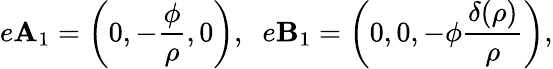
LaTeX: e\mathbf{A}_{1}=\left(0,-\frac{\phi}{\rho},0\right),\; \; e\mathbf{B}_{1}=\left(0,0,-\phi\frac{\delta(\rho)}{\rho}\right),